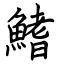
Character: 鰭